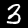
Label: 3